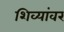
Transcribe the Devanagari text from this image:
शिव्यांवर